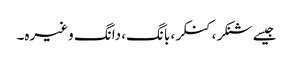
جیسے شنکر، کنکر، بانگ، دانگ وغیرہ۔